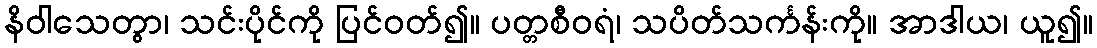
နိဝါသေတွာ၊ သင်းပိုင်ကို ပြင်ဝတ်၍။ ပတ္တစီဝရံ၊ သပိတ်သင်္ကန်းကို။ အာဒါယ၊ ယူ၍။